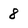
Character: 8